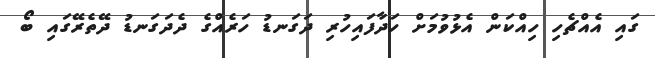
ގައި އެއްޗެހި ހިއްކަން އެޅުވުމަށް ހަދާފައިހުރި ދަގަނޑު ހަރެއްގެ ދެދަގަނޑު ދޭތެރޭގައި ބޯ